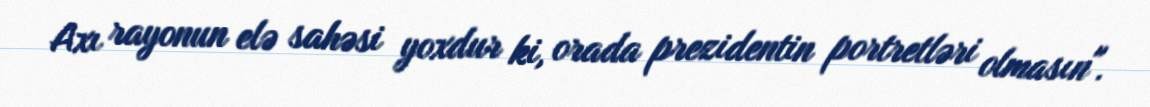
Axı rayonun elə sahəsi yoxdur ki, orada prezidentin portretləri olmasın".